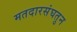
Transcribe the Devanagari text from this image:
मतदारसंघतुन